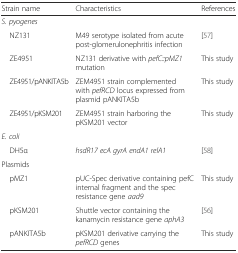
<table><thead><tr><td><b>Strain name</b></td><td><b>Characteristics</b></td><td><b>References</b></td></tr></thead><tbody><tr><td colspan="3"><i>S. pyogenes</i></td></tr><tr><td> NZ131</td><td>M49 serotype isolated from acute post-glomerulonephritis infection</td><td>[57]</td></tr><tr><td> ZE4951</td><td>NZ131 derivative with <i>pefC::pMZ1</i> mutation</td><td>This study</td></tr><tr><td> ZE4951/pANKITA5b</td><td>ZEM4951 strain complemented with <i>pefRCD</i> locus expressed from plasmid pANKITA5b</td><td>This study</td></tr><tr><td> ZE4951/pKSM201</td><td>ZEM4951 strain harboring the pKSM201 vector</td><td>This study</td></tr><tr><td colspan="3"><i>E. coli</i></td></tr><tr><td> DH5α</td><td><i>hsdR17 ecA gyrA endA1 relA1</i></td><td>[58]</td></tr><tr><td colspan="3">Plasmids</td></tr><tr><td> pMZ1</td><td>pUC-Spec derivative containing pefC internal fragment and the spec resistance gene <i>aad9</i></td><td>This study</td></tr><tr><td> pKSM201</td><td>Shuttle vector containing the kanamycin resistance gene <i>aphA3</i></td><td>[56]</td></tr><tr><td> pANKITA5b</td><td>pKSM201 derivative carrying the <i>pefRCD</i> genes</td><td>This study</td></tr></tbody></table>